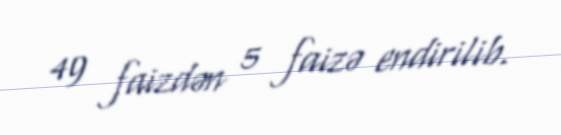
49 faizdən 5 faizə endirilib.